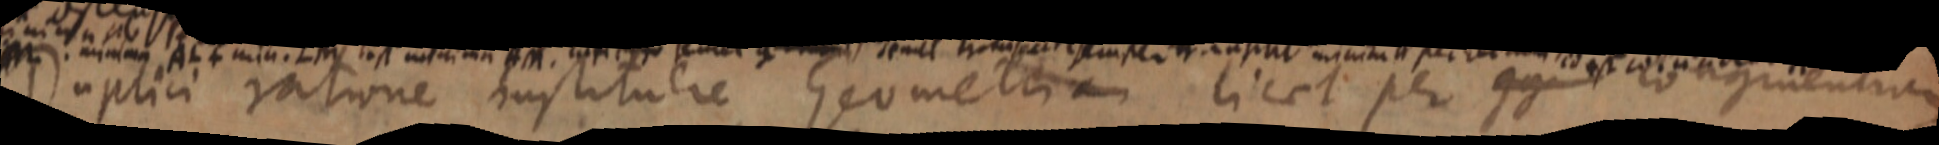
Duplici ratione _ Geometria licet per _ congruentia